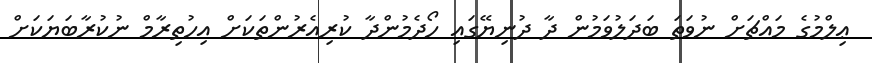
ޢިލްމުގެ މައްޗަށް ނުވަތަ ބަދަލުވަމުން ދާ ދުނިޔޭގައި ހޯދެމުންދާ ކުރިއެރުންތަކަށް އިހުތިރާމް ނުކުރާބަޔަކަށް